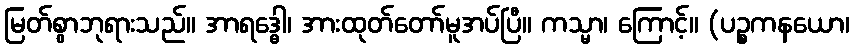
မြတ်စွာဘုရားသည်။ အာရဒ္ဓေါ၊ အားထုတ်တော်မူအပ်ပြီ။ ကသ္မာ၊ ကြောင့်။ (ပဉ္စကနယော၊